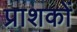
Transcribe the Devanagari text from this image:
प्राशकों